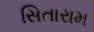
સિતારામ